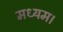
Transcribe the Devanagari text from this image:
मध्यम।